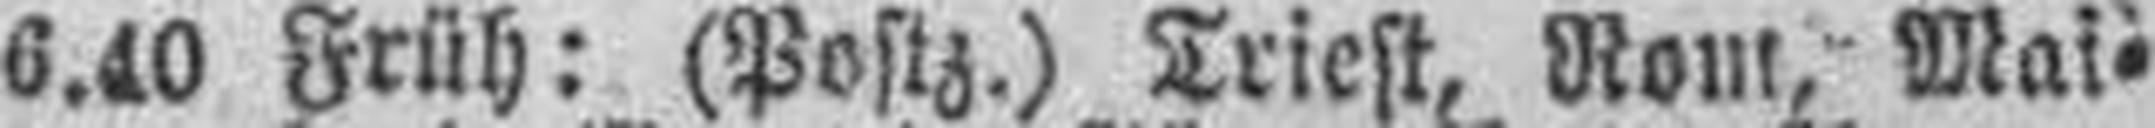
6.40 Früh: (Postz.) Triest, Rom, Mai¬